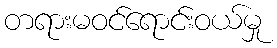
တရားမဝင်ရောင်းဝယ်မှု